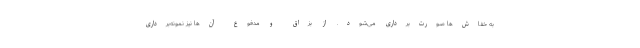
به خفاش‌ها صورت‌برداری می‌شود. از بزاق و مدفوع آن‌ها نیز نمونه‌برداری